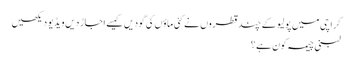
کراچی میں پولیو کے چند قطروں نے کئی ماؤں کی گودیں کیسے اجاڑ دیں ویڈیو دیکھیں
لبنی چیمہ کون ہے ؟